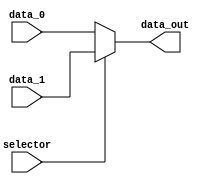
/*
    MUX_Hi seleciona a sada:
    - Div
    - Mult
*/

module mux_hi(
    input wire selector,
    input wire [31:0] data_0,
    input wire [31:0] data_1,
    output wire [31:0] data_out
);

    assign data_out = (selector) ? data_1 : data_0;

endmodule